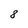
Character: 8